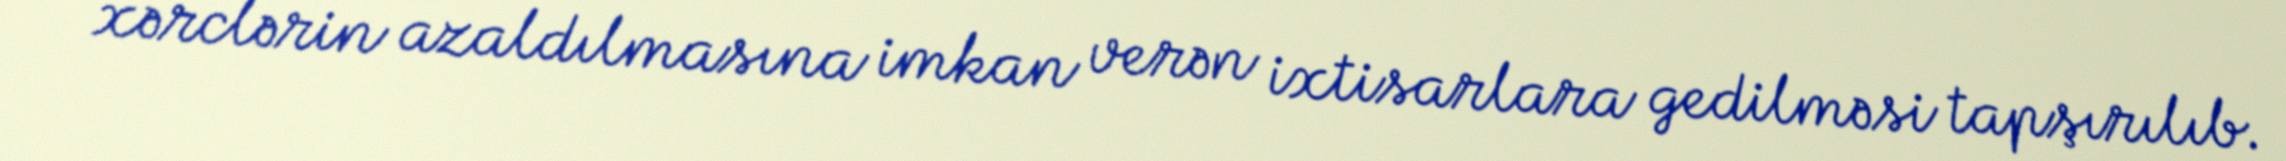
xərclərin azaldılmasına imkan verən ixtisarlara gedilməsi tapşırılıb.